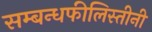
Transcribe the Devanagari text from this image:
सम्बन्धफीलिस्तीनी